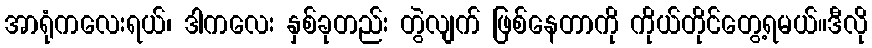
အာရုံကလေးရယ်၊ ဒါကလေး နှစ်ခုတည်း တွဲလျက် ဖြစ်နေတာကို ကိုယ်တိုင်တွေ့ရမယ်။ဒီလို